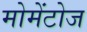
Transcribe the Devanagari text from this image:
मोमेंटोज